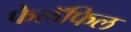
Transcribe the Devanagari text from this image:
फेलॅफिल